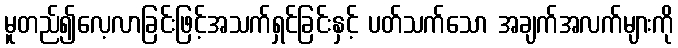
မူတည်၍လေ့လာခြင်းဖြင့်အသက်ရှင်ခြင်းနှင့် ပတ်သက်သော အချက်အလက်များကို